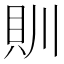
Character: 𮙰